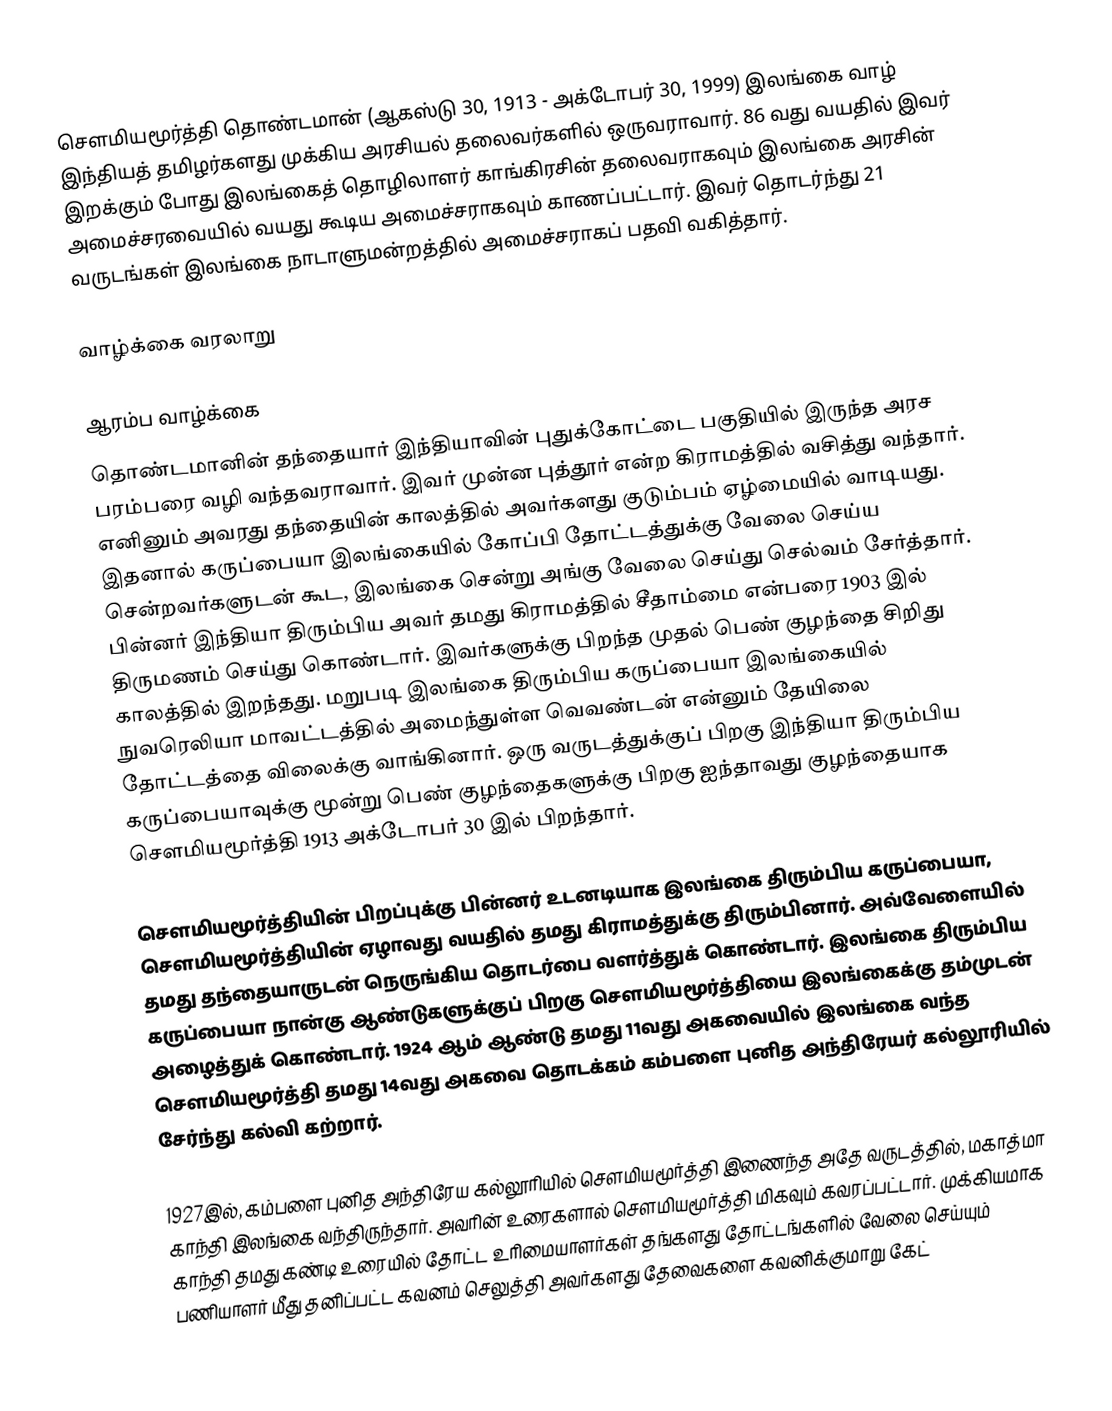
சௌமியமூர்த்தி தொண்டமான் (ஆகஸ்டு 30, 1913 - அக்டோபர் 30, 1999) இலங்கை வாழ் இந்தியத் தமிழர்களது முக்கிய அரசியல் தலைவர்களில் ஒருவராவார். 86 வது வயதில் இவர் இறக்கும் போது இலங்கைத் தொழிலாளர் காங்கிரசின் தலைவராகவும் இலங்கை அரசின் அமைச்சரவையில் வயது கூடிய அமைச்சராகவும் காணப்பட்டார். இவர் தொடர்ந்து 21 வருடங்கள் இலங்கை நாடாளுமன்றத்தில் அமைச்சராகப் பதவி வகித்தார்.

வாழ்க்கை வரலாறு

ஆரம்ப வாழ்க்கை
தொண்டமானின் தந்தையார் இந்தியாவின் புதுக்கோட்டை பகுதியில் இருந்த அரச பரம்பரை வழி வந்தவராவார். இவர் முன்ன புத்தூர் என்ற கிராமத்தில் வசித்து வந்தார். எனினும் அவரது தந்தையின் காலத்தில் அவர்களது குடும்பம் ஏழ்மையில் வாடியது. இதனால் கருப்பையா இலங்கையில் கோப்பி தோட்டத்துக்கு வேலை செய்ய சென்றவர்களுடன் கூட, இலங்கை சென்று அங்கு வேலை செய்து செல்வம் சேர்த்தார். பின்னர் இந்தியா திரும்பிய அவர் தமது கிராமத்தில் சீதாம்மை என்பரை 1903 இல் திருமணம் செய்து கொண்டார்.  இவர்களுக்கு பிறந்த முதல் பெண் குழந்தை சிறிது காலத்தில் இறந்தது. மறுபடி இலங்கை திரும்பிய கருப்பையா இலங்கையில் நுவரெலியா மாவட்டத்தில் அமைந்துள்ள வெவண்டன் என்னும் தேயிலை தோட்டத்தை விலைக்கு வாங்கினார். ஒரு வருடத்துக்குப் பிறகு இந்தியா திரும்பிய கருப்பையாவுக்கு மூன்று பெண் குழந்தைகளுக்கு பிறகு ஐந்தாவது குழந்தையாக சௌமியமூர்த்தி 1913 அக்டோபர் 30 இல் பிறந்தார்.

சௌமியமூர்த்தியின் பிறப்புக்கு பின்னர் உடனடியாக இலங்கை திரும்பிய கருப்பையா, சௌமியமூர்த்தியின் ஏழாவது வயதில் தமது கிராமத்துக்கு திரும்பினார். அவ்வேளையில் தமது தந்தையாருடன் நெருங்கிய தொடர்பை வளர்த்துக் கொண்டார். இலங்கை திரும்பிய கருப்பையா நான்கு ஆண்டுகளுக்குப் பிறகு சௌமியமூர்த்தியை இலங்கைக்கு தம்முடன் அழைத்துக் கொண்டார். 1924 ஆம் ஆண்டு தமது 11வது அகவையில் இலங்கை வந்த சௌமியமூர்த்தி தமது 14வது அகவை தொடக்கம் கம்பளை புனித அந்திரேயர் கல்லூரியில் சேர்ந்து கல்வி கற்றார்.

1927இல், கம்பளை புனித அந்திரேய கல்லூரியில் சௌமியமூர்த்தி இணைந்த அதே வருடத்தில், மகாத்மா காந்தி இலங்கை வந்திருந்தார். அவரின் உரைகளால் சௌமியமூர்த்தி மிகவும் கவரப்பட்டார். முக்கியமாக காந்தி தமது கண்டி உரையில் தோட்ட உரிமையாளர்கள் தங்களது தோட்டங்களில் வேலை செய்யும் பணியாளர் மீது தனிப்பட்ட கவனம் செலுத்தி அவர்களது தேவைகளை கவனிக்குமாறு கேட்